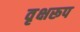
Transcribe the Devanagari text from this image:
वृक्षरूप